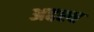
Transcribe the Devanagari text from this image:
अद्दश्य